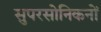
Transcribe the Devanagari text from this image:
सुपरसोनिकनों